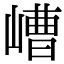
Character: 嶆